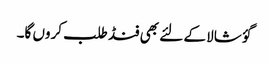
گؤ شالا کے لئے بھی فنڈ طلب کروں گا۔